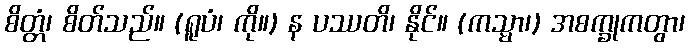
စိတ္တံ၊ စိတ်သည်။ (ရူပံ၊ ကို။) န ပဿတိ၊ နိုင်။ (ကသ္မာ၊) အစက္ခုကတွာ၊